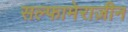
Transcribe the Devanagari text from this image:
सल्फामेराज़ीन